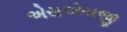
એસએચજી